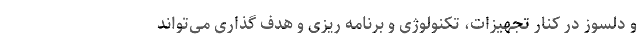
و دلسوز در کنار تجهیزات، تکنولوژی و برنامه ریزی و هدف گذاری می‌تواند